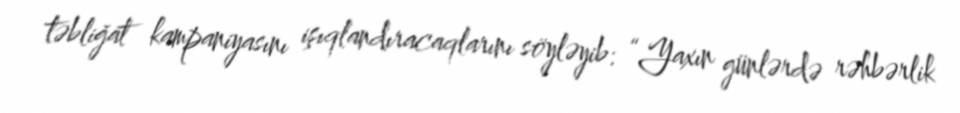
təbliğat kampaniyasını işıqlandıracaqlarını söyləyib: “Yaxın günlərdə rəhbərlik